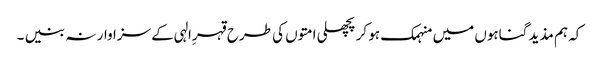
کہ ہم مذید گناہوں میں منہمک ہو کر پچھلی امتوں کی طرح قہرِالہی کے سزاوار نہ بنیں ۔